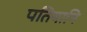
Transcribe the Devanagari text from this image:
पतियानि